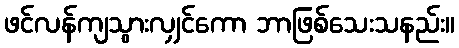
ဖင်လန်ကျသွားလျှင်ကော ဘာဖြစ်သေးသနည်း။